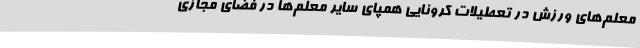
معلم‌های ورزش در تعطیلات کرونایی همپای سایر معلم‌ها در فضای مجازی